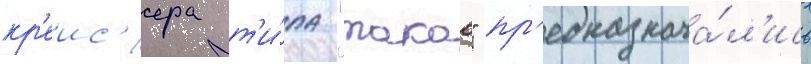
кр'еис'ера т'и́па "такао" пр'едназнача́л'ись